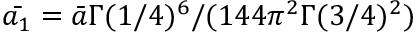
\bar { a _ { 1 } } = \bar { a } \Gamma ( 1 / 4 ) ^ { 6 } / ( 1 4 4 \pi ^ { 2 } \Gamma ( 3 / 4 ) ^ { 2 } )